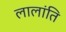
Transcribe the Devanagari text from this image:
लालांति